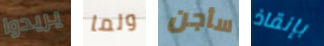
يريدوا ولما سأجن بإنقاذ